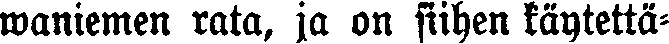
waniemen rata, ja on siihen käytettä-